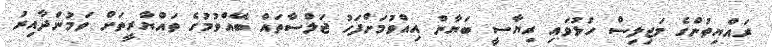
ރައްޔިތުންގެ މަޖިލިސް ހުޅުވައި ރިޔާސީ ބަޔާން އިއްވުމަށްފަހު ޖަލްސާތައް ބޭއްވުމުގެ ތައްޔާރީތަށް ވަމުންދާއިރު